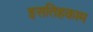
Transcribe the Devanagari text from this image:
इसतिहकाम